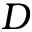
\cal D